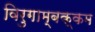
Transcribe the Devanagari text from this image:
विरुगाम्बक्कम